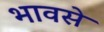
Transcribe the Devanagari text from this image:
भावसे